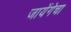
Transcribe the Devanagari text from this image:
जायेंगेचा